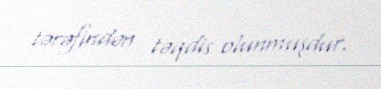
tərəfindən təqdis olunmuşdur.